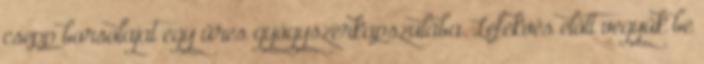
csepp borsolajat egy üres gyógyszerkapszulába. Lefekvés előtt vegyük be